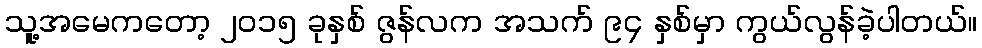
သူ့အမေကတော့ ၂ဝ၁၅ ခုနှစ် ဇွန်လက အသက် ၉၄ နှစ်မှာ ကွယ်လွန်ခဲ့ပါတယ်။